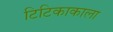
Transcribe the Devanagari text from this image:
टिटिकाकाला